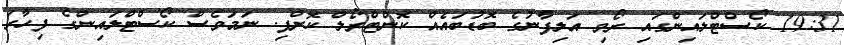
19:31 ކޯސްޓްލައިންގައި ރޯވި އަލިފާނުގެ ބޮޑުބައެއް ކޮންޓްރޯލް ކޮށްފި. ނަމަވެސް ކޯސްޓްލައިންގެ ފިހާރަ